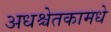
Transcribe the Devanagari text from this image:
अधश्चेतकामधे